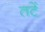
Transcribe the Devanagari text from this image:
तटें